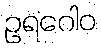
ဥရဂေါဝ